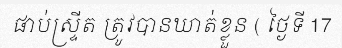
ផាប់ស្ទ្រីត ត្រូវបានឃាត់ខ្លួន ( ថ្ងៃទី 17